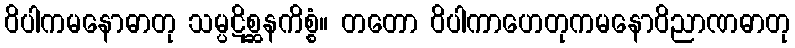
ဝိပါကမနောဓာတု သမ္ပဋိစ္ဆနကိစ္စံ။ တတော ဝိပါကာဟေတုကမနောဝိညာဏဓာတု